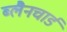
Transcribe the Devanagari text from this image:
ब्लैनचार्ड